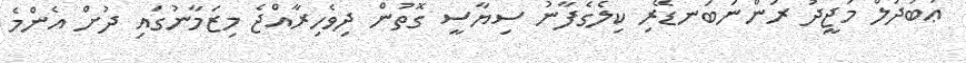
ޢަބުދުލް މަޖީދު ރަންނަބަނޑޭރި ކިލެގެފާނު ސިޔާސީ ގޮތުން ދިވެހިރާއްޖެ މިޒަމާނުގައި ދުށް އެންމެ